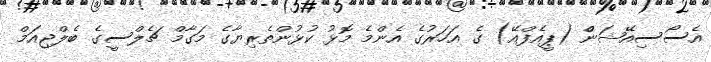
އެސޯސިއޭޝަންް (ޕީއެފްއޭ) ގެ އަހަރުގެ އެންމެ މޮޅު ކުޅުންތެރިޔާގެ މަގާމް ޗެލްސީގެ ބެލްޖިއަމް